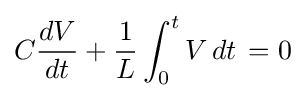
C{\frac {dV}{dt}}+{\frac {1}{L}}\int _{0}^{t}V\,dt\,=0